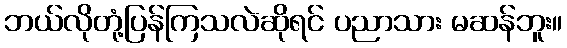
ဘယ်လိုတုံ့ပြန်ကြသလဲဆိုရင် ပညာသား မဆန်ဘူး။